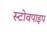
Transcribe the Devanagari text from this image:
स्टोवपाइप